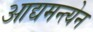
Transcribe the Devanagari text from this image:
आद्यमन्त्येन